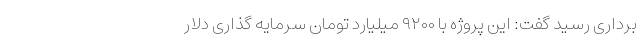
برداری رسید گفت: این پروژه با ۹۲۰۰ میلیارد تومان سرمایه گذاری دلار